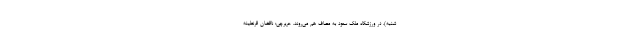
‌شنبه)، در ورزشگاه ملک سعود به مصاف هم می‌روند. حریرچی: ناقضان قرنطینه